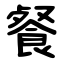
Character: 餐